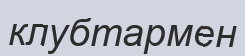
клубтармен